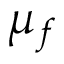
\mu _ { f }